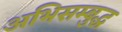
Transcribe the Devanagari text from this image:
अभिसम्बुद्ध